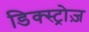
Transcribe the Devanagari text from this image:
डिक्स्ट्रोज़